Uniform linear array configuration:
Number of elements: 48
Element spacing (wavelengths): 0.5
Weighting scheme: exponential
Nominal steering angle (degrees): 15
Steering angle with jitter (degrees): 14.153
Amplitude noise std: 0.05
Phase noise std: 0.05

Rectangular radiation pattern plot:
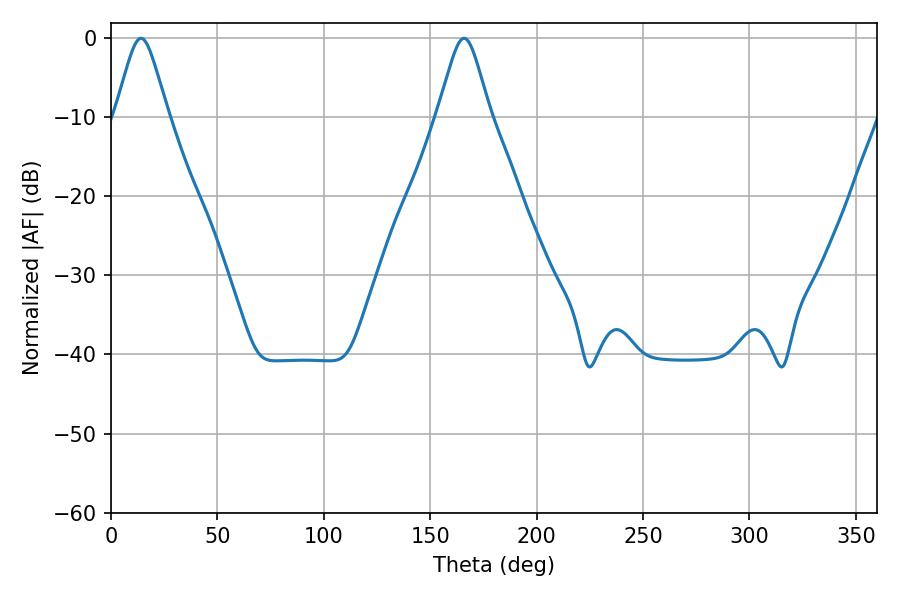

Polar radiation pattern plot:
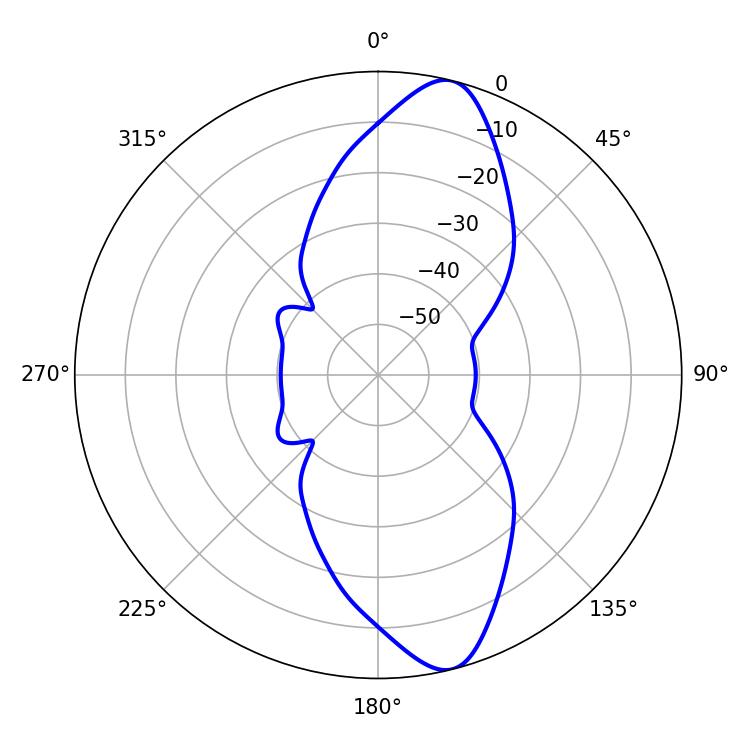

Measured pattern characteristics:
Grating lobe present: FALSE
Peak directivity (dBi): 12.092
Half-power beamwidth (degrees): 11.7
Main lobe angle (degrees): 14.04